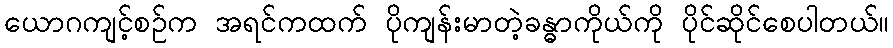
ယောဂကျင့်စဉ်က အရင်ကထက် ပိုကျန်းမာတဲ့ခန္ဓာကိုယ်ကို ပိုင်ဆိုင်စေပါတယ်။